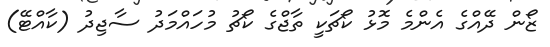
ޒޯން ދޭއްގެ އެންމެ މޮޅު ކޯޗަކީ ތާޖްގެ ކޯޗު މުހައްމަދު ސާޖިދު (ކާއްޓޭ)